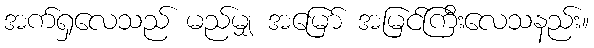
အက်ရှလေသည် မည်မျှ အမြော် အမြင်ကြီးလေသနည်း။